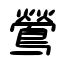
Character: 鶯